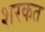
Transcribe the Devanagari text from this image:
शरकत